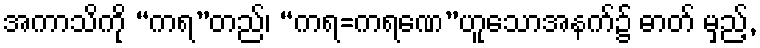
အကာသိကို “ကရ”တည်၊ “ကရ=ကရဏေ”ဟူသောအနက်၌ ဓာတ် မှည့်,